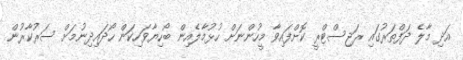
އަދި މާލެ ދަފްތަރުގައި ރަޖިސްޓްރީ ކޮށްފައިވާ މީހުންނަށް ހުޅުމާލެއިން ބޯހިޔާވަހިކަން ހޯދައިދިނުމަށް ސަރުކާރުން